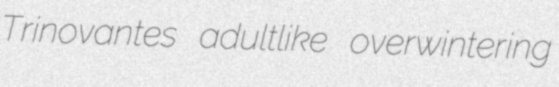
Trinovantes adultlike overwintering